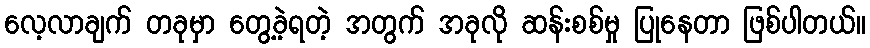
လေ့လာချက် တခုမှာ တွေ့ခဲ့ရတဲ့ အတွက် အခုလို ဆန်းစစ်မှု ပြုနေတာ ဖြစ်ပါတယ်။